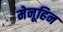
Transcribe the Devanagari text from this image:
मेनूहिन